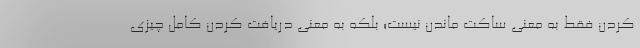
کردن فقط به معنی ساکت ماندن نیست؛ بلکه به معنی دریافت کردن کامل چیزی